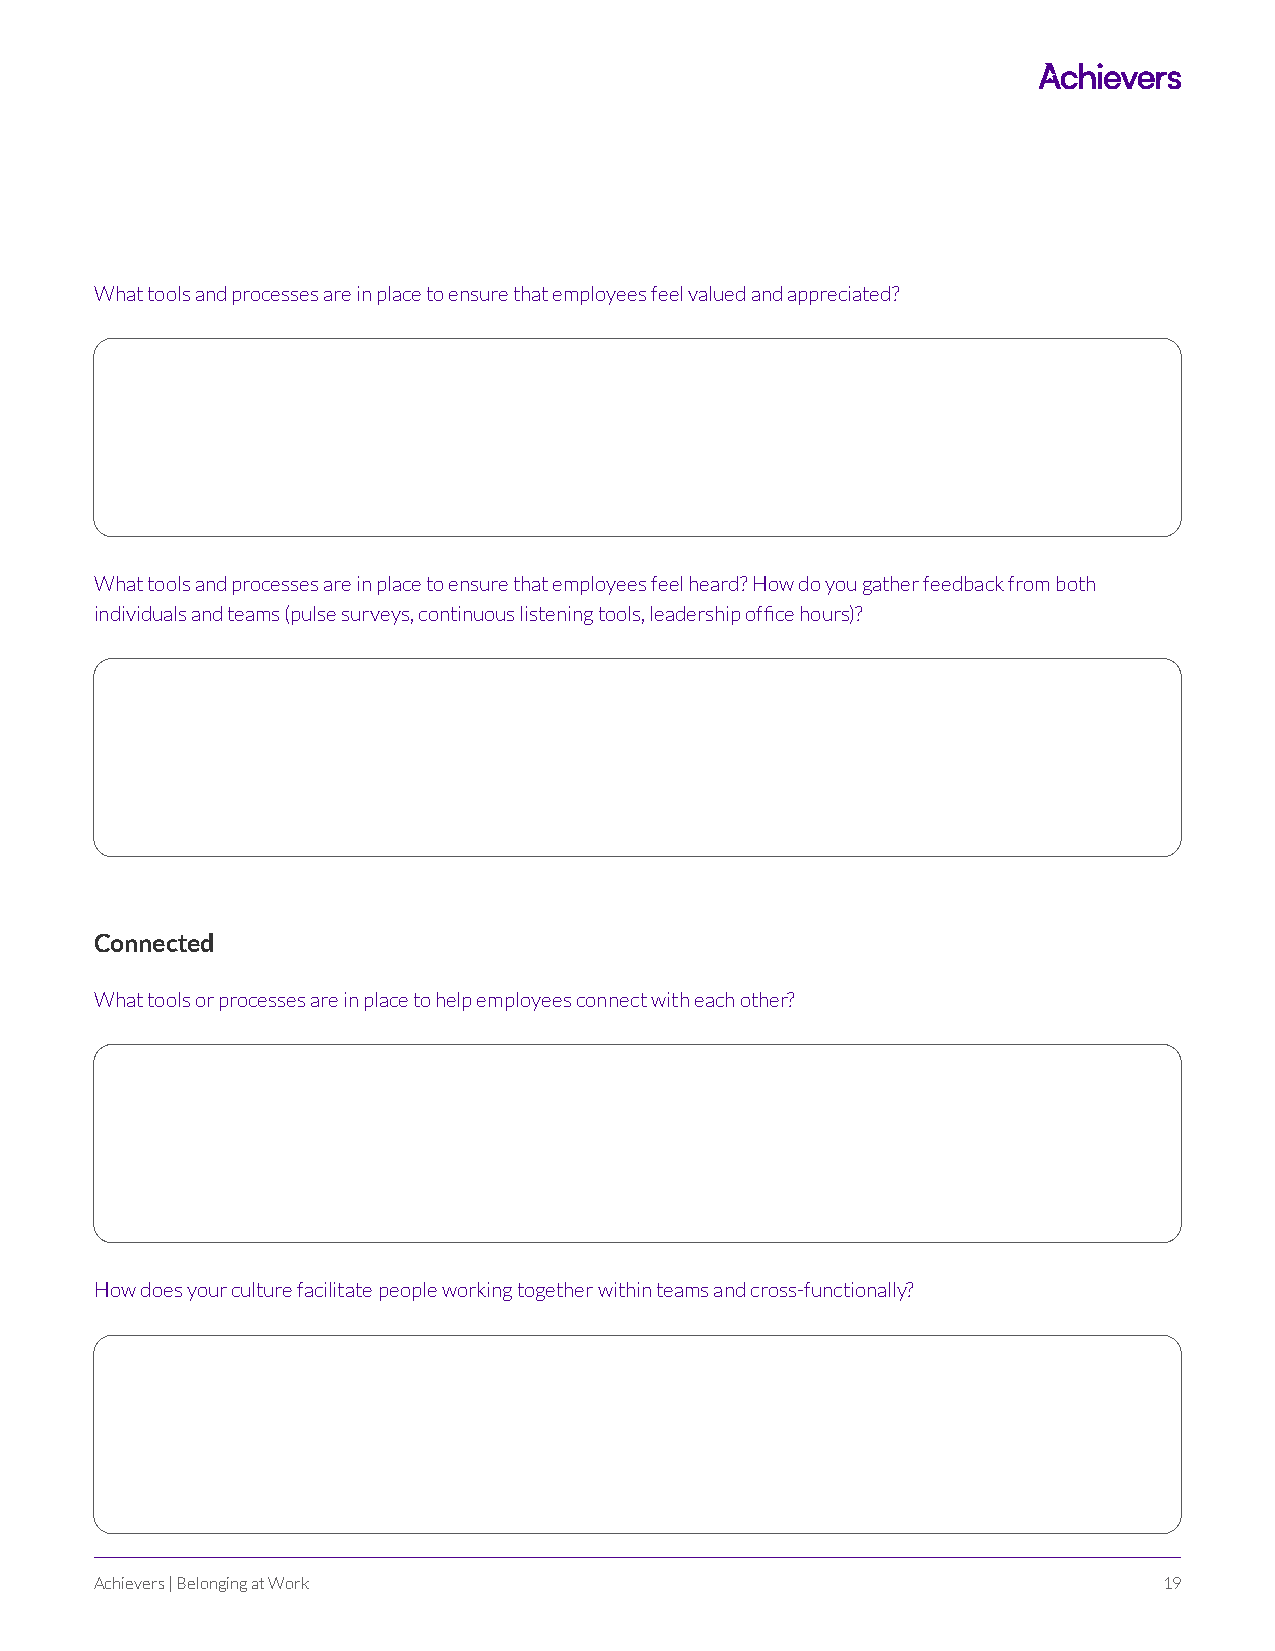
What tools and processes are in place to ensure that employees feel valued and appreciated?
 What tools and processes are in place to ensure that employees feel heard? How do you gather feedback from both
 individuals and teams (pulse surveys, continuous listening tools, leadership office hours)?
 Connected
 What tools or processes are in place to help employees connect with each other?
 How does your culture facilitate people working together within teams and cross-functionally?
 Achievers | Belonging at Work                                          19